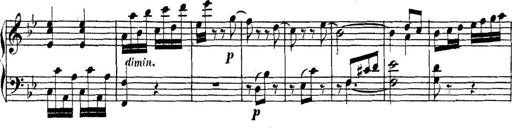
Title: Collected Piano Sonatas
Composer: Muzio Clementi